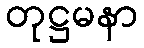
တုဋ္ဌမနာ